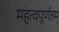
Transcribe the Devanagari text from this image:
महत्वपूर्णतम्